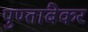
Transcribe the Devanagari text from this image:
पुण्तांबेकर